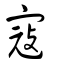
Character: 寇